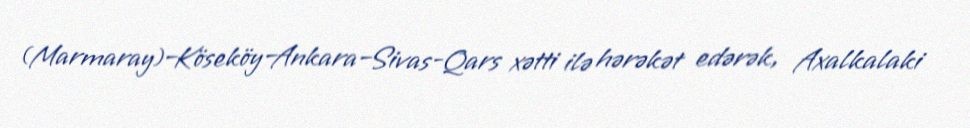
(Marmaray)–Köseköy–Ankara–Sivas-Qars xətti ilə hərəkət edərək, Axalkalaki